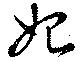
始